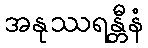
အနုဿရန္တီနံ